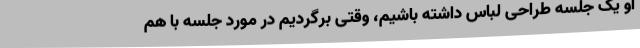
او یک جلسه طراحی لباس داشته باشیم، وقتی برگردیم در مورد جلسه با هم